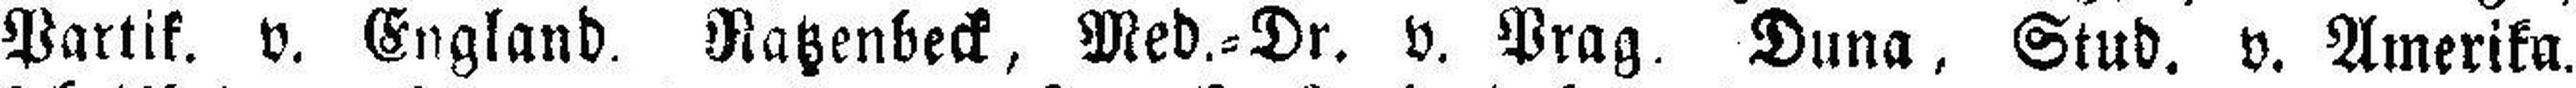
Partik. v. England. Ratzenbeck, Med.=Dr. v. Prag. Duna, Stud. v. Amerika.